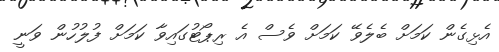
އެޅިގެން ކަމަށް ބެލެވޭ ކަމަށް ވެސް އެ ރިޕޯޓުގައިވާ ކަމަށް ފުލުހުން ވަނީ